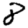
Digit: 8